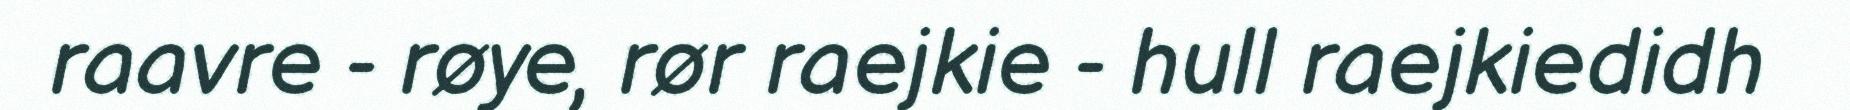
raavre - røye, rør raejkie - hull raejkiedidh